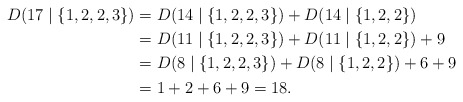
\begin{align*}D(17\mid\{1,2,2,3\})&=D(14\mid\{1,2,2,3\})+D(14\mid\{1,2,2\})\\&=D(11\mid\{1,2,2,3\})+D(11\mid\{1,2,2\})+9\\&=D(8\mid\{1,2,2,3\})+D(8\mid\{1,2,2\})+6+9\\&=1+2+6+9=18.\end{align*}